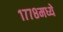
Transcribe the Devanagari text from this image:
१७७८मध्ये